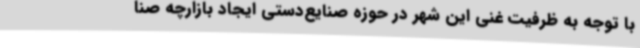
با توجه به ظرفیت غنی این شهر در حوزه صنایع‌دستی ایجاد بازارچه صنا